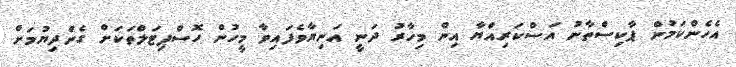
އެހެންކަމުން ޕާކިސްތާނު އަސްކަރިއްޔާ އިން މިހާރު ދަނީ އަނިޔާވެފައިވާ މީހުން ހޮސްޕިޓަލްތަކަށް ގެންދިޔުމަށް